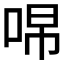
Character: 𭇽